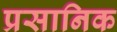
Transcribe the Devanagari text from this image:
प्रसानिक